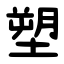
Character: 塑